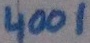
Text: 4001